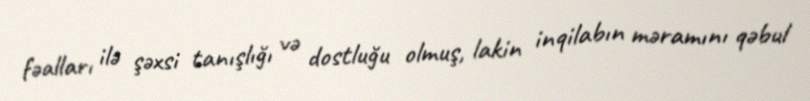
fəalları ilə şəxsi tanışlığı və dostluğu olmuş, lakin inqilabın məramını qəbul